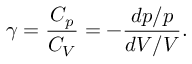
\gamma = { \frac { C _ { p } } { C _ { V } } } = - { \frac { d p / p } { d V / V } } .